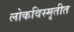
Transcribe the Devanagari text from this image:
लोकविस्मृतीत